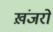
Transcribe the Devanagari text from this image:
ख़ंजरों